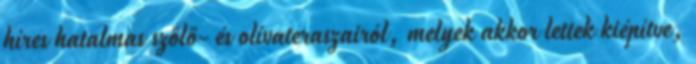
híres hatalmas szőlő- és olívateraszairól, melyek akkor lettek kiépítve,